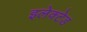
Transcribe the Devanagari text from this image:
इलेक्टेड